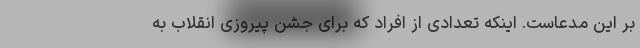
بر این مدعاست. اینکه تعدادی از افراد که برای جشن پیروزی انقلاب به